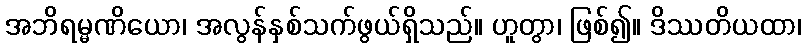
အဘိရမ္မဏိယော၊ အလွန်နှစ်သက်ဖွယ်ရှိသည်။ ဟူတွာ၊ ဖြစ်၍။ ဒိဿတိယထာ၊